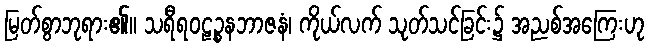
မြတ်စွာဘုရား၏။ သရီရဝဠဉ္စနဘာဇနံ၊ ကိုယ်လက် သုတ်သင်ခြင်း၌ အညစ်အကြေးဟု